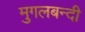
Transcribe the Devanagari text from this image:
मुगलबन्दी